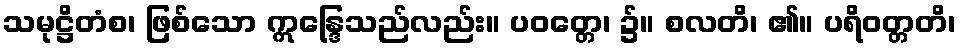
သမုဋ္ဌိတံစ၊ ဖြစ်သော ဣန္ဒြေသည်လည်း။ ပဝတ္တေ၊ ၌။ စလတိ၊ ၏။ ပရိဝတ္တတိ၊